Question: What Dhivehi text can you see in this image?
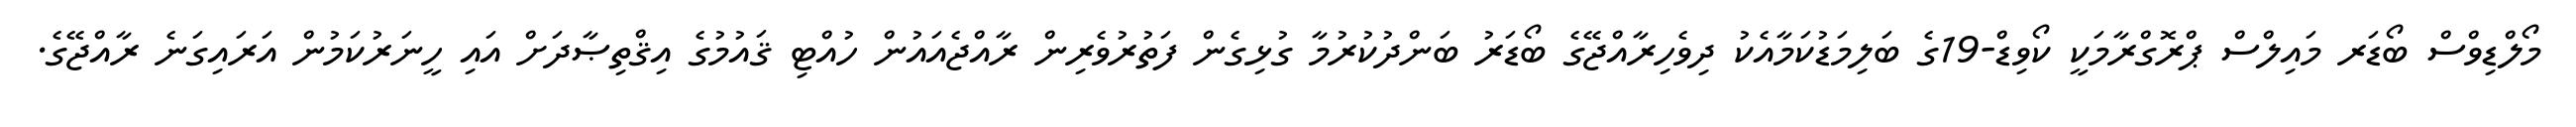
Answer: މޯލްޑިވްސް ބޯޑަރ މައިލްސް ޕްރޮގްރާމަކީ ކޯވިޑް-19ގެ ބަލިމަޑުކަމާއެކު ދިވެހިރާއްޖޭގެ ބޯޑަރު ބަންދުކުރުމާ ގުޅިގެން ފަތުރުވެރިން ރާއްޖެއައުން ހުއްޓި ޤައުމުގެ އިޤްތިޞާދަށް އައި ހީނަރުކަމުން އަރައިގަނެ ރާއްޖޭގެ.